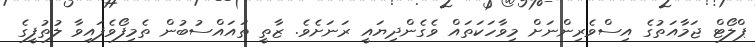
ޕްލޯޓް ޖަމާއަތުގެ އިސްވެރިންނަށް މިވާހަކަތައް ވެގެންދިޔައީ ރަނަށެވެ. ޒާތީ ތައައްސުބުން ތެމިފޯވެފައިވާ ލުތުފީގެ